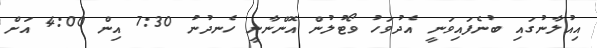
އިއުލާނުގައި ބުނެފައިވަނީ އެދުވަހު ވޯޓުލުން އޮންނާނީ ހެނދުނު 7:30 އިން 4:00 އަށް